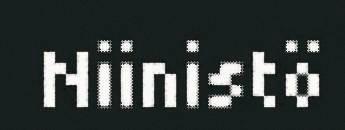
Niinistö